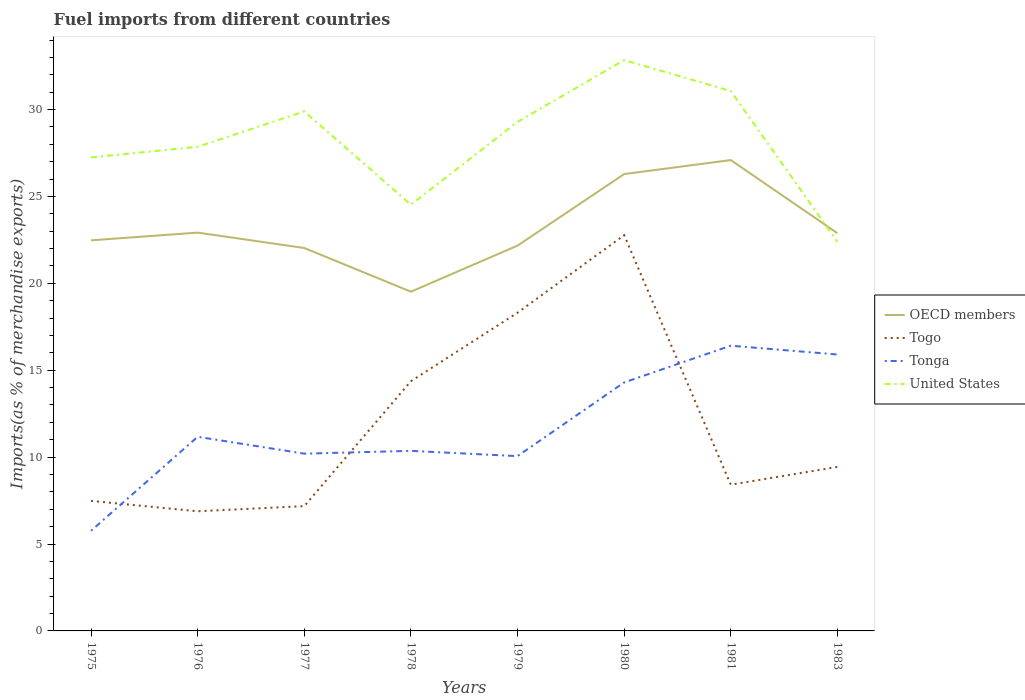
| Years | OECD members | Togo | Tonga | United States |
 | --- | --- | --- | --- | --- |
 | 1975 | 22.5 | 7.48 | 5.76 | 27.2 |
 | 1976 | 22.9 | 6.88 | 11.2 | 27.9 |
 | 1977 | 22 | 7.18 | 10.2 | 29.9 |
 | 1978 | 19.5 | 14.4 | 10.4 | 24.5 |
 | 1979 | 22.2 | 18.3 | 10.1 | 29.3 |
 | 1980 | 26.3 | 22.8 | 14.3 | 32.8 |
 | 1981 | 27.1 | 8.41 | 16.4 | 31.1 |
 | 1983 | 22.9 | 9.44 | 15.9 | 22.4 |